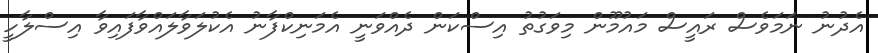
އެދުނު ނަމަވެސް ރައީސް މައުމޫން މިވަގުތު އިސްކަން ދެއްވަނީ އެމަނިކްފާނު އެކުލަވާލައްވާފައިވާ އިސްލާހީ